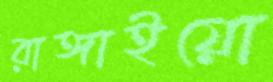
রাঙ্গাইয়ো